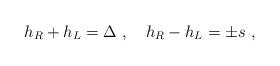
LaTeX: \begin{align*}h_R+h_L=\Delta \ ,\quad h_R-h_L=\pm s\ ,\end{align*}